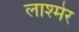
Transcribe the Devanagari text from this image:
लाश्मेर